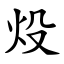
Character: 炈